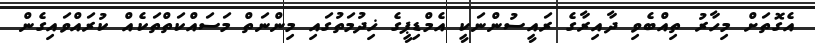
އެގޮތަށް މިހާރު ތިއްބެވި ދާއިރާގެ ރައީސުންނަކީ އެމްޑިޕީގެ ޚިދުމަތުގައި މިންނަތް މަސައްކަތްތަކެއް ކުރައްވައިގެން